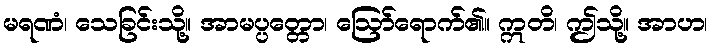
မရဏံ၊ သေခြင်းသို့။ အာမပ္ပတ္တော၊ ဩော်ရောက်၏။ ဣတိ၊ ဤသို့။ အာဟ၊